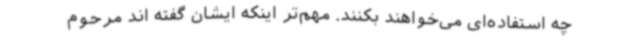
چه استفاده‌ای می‌خواهند بکنند. مهم‌تر اینکه ایشان گفته ‌اند مرحوم